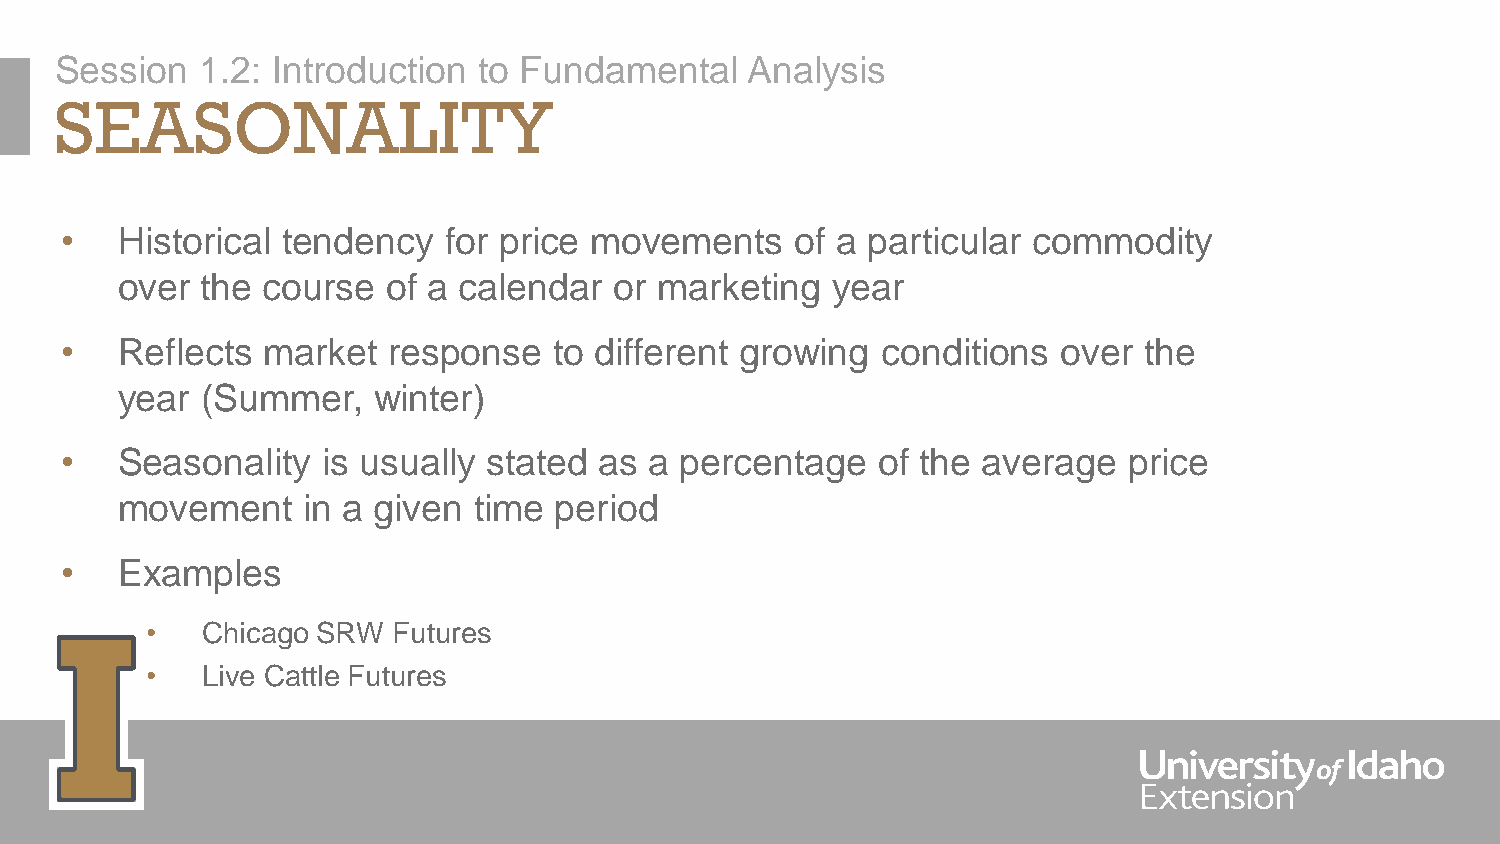
Session  1.2: Introduction  to Fundamental   Analysis
 SEASONALITY
 •   Historical tendency  for price movements     of a particular commodity
 over the course   of a calendar  or marketing  year
 •   Reflects market   response   to different growing conditions  over  the
 year (Summer,    winter)
 •   Seasonality  is usually stated  as a percentage   of the average   price
 movement    in a given time  period
 •   Examples
 •  Chicago SRW  Futures
 •  Live Cattle Futures